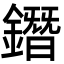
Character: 鐕